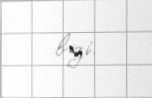
bizi.